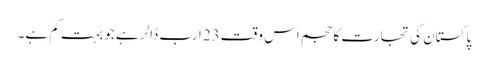
پاکستان کی تجارت کا حجم اس وقت23ارب ڈالر ہے جو بہت کم ہے۔